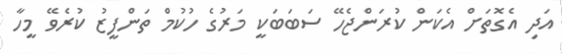
އަދި އެގޮތަށް އެކަން ކުރަންޖެހޭ ސަބަބަކީ މަރުގެ ހުކުމް ތަންފީޒު ކުރެވޭ މީހާ